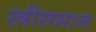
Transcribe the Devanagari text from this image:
स्त्रीसमाज